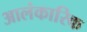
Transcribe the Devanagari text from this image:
आलंकारिक